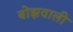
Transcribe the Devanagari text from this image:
बोझवाली